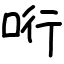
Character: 哘